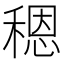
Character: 䅰